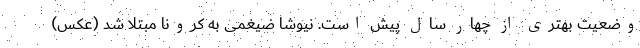
وضعیت بهتری از چهار سال پیش است. نیوشا ضیغمی به کرونا مبتلا شد (عکس)